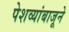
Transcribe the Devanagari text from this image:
पेशव्यांबाजूने